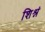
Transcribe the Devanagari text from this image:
शिश्नं